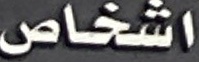
اشخاص